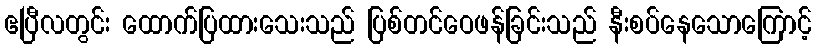
ဧပြီလတွင်း ထောက်ပြထားသေးသည် ပြစ်တင်ဝေဖန်ခြင်းသည် နီးစပ်နေသောကြောင့်